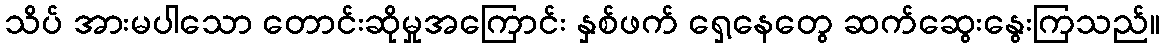
သိပ် အားမပါသော တောင်းဆိုမှုအကြောင်း နှစ်ဖက် ရှေ့နေတွေ ဆက်ဆွေးနွေးကြသည်။